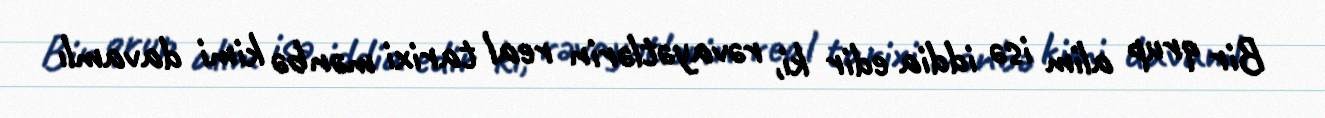
Bir qrup alim isə iddia edir ki, rəvayətlərin real tarixi mənbə kimi davamlı